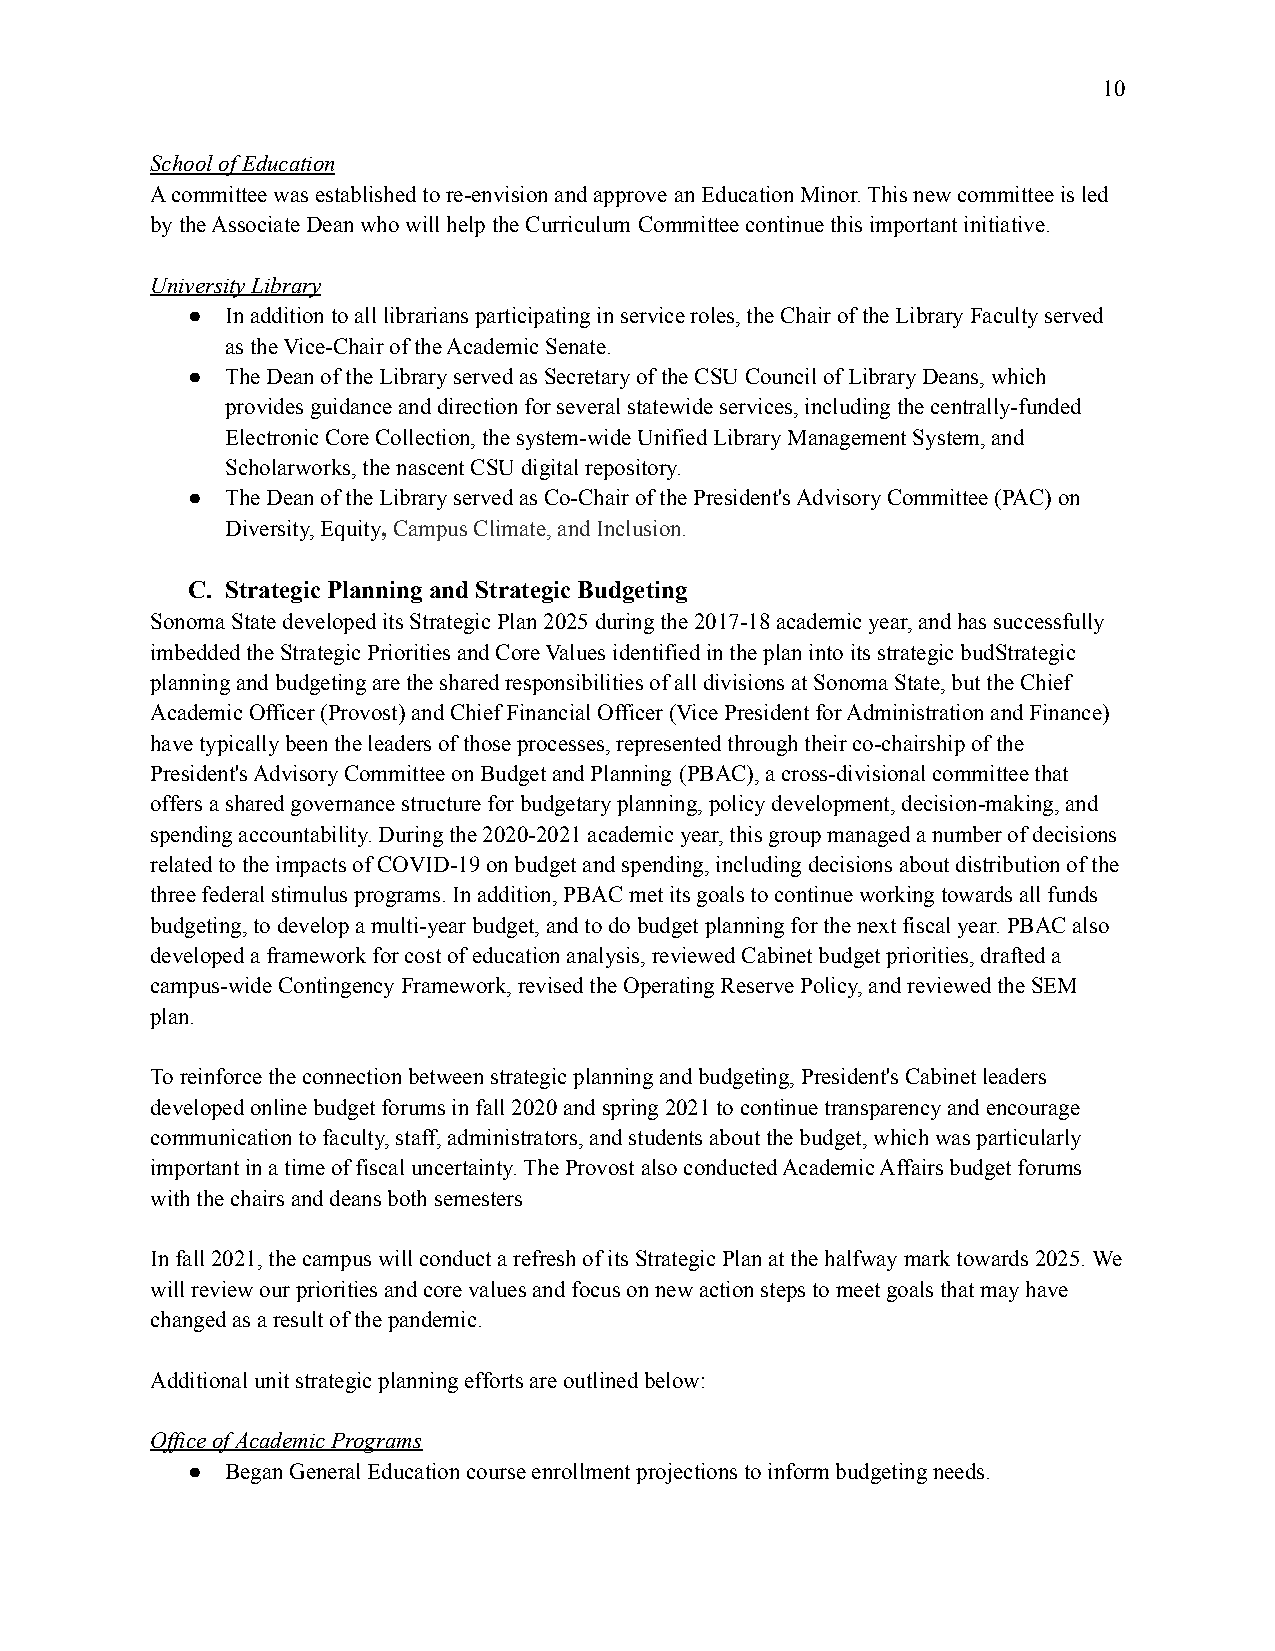
10
 School of Education
 A committee was established to re-envision and approve an Education Minor. This new committee is led
 by the Associate Dean who will help the Curriculum Committee continue this important initiative.
 University Library
 ●  In addition to all librarians participating in serviceroles, the Chair of the Library Faculty served
 as the Vice-Chair of the Academic Senate.
 ●  The Dean of the Library served as Secretary of theCSU Council of Library Deans, which
 provides guidance and direction for several statewideservices, including the centrally-funded
 Electronic Core Collection, the system-wide UnifiedLibrary Management System, and
 Scholarworks, the nascent CSU digital repository.
 ●  The Dean of the Library served as Co-Chair of thePresident's Advisory Committee (PAC) on
 Diversity, Equity,Campus Climate, and Inclusion.
 C. Strategic Planning and Strategic Budgeting
 Sonoma State developed its Strategic Plan 2025 duringthe 2017-18 academic year, and has successfully
 imbedded the Strategic Priorities and Core Valuesidentified in the plan into its strategic budStrategic
 planning and budgeting are the shared responsibilitiesof all divisions at Sonoma State, but the Chief
 Academic Officer (Provost) and Chief Financial Officer(Vice President for Administration and Finance)
 have typically been the leaders of those processes,represented through their co-chairship of the
 President's Advisory Committee on Budget and Planning (PBAC), a cross-divisional committee that
 offers a shared governance structure for budgetaryplanning, policy development, decision-making, and
 spending accountability. During the 2020-2021 academicyear, this group managed a number of decisions
 related to the impacts of COVID-19 on budget and spending,including decisions about distribution of the
 three federal stimulus programs. In addition, PBACmet its goals to continue working towards all funds
 budgeting, to develop a multi-year budget, and todo budget planning for the next fiscal year. PBACalso
 developed a framework for cost of education analysis,reviewed Cabinet budget priorities, drafted a
 campus-wide Contingency Framework, revised the OperatingReserve Policy, and reviewed the SEM
 plan.
 To reinforce the connection between strategic planningand budgeting, President's Cabinet leaders
 developed online budget forums in fall 2020 and spring2021 to continue transparency and encourage
 communication to faculty, staff, administrators, andstudents about the budget, which was particularly
 important in a time of fiscal uncertainty. The Provostalso conducted Academic Affairs budget forums
 with the chairs and deans both semesters
 In fall 2021, the campus will conduct a refresh ofits Strategic Plan at the halfway mark towards 2025.We
 will review our priorities and core values and focuson new action steps to meet goals that may have
 changed as a result of the pandemic.
 Additional unit strategic planning efforts are outlinedbelow:
 Office of Academic Programs
 ●  Began General Education course enrollment projectionsto inform budgeting needs.